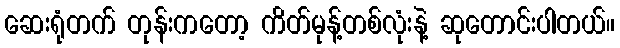
ဆေးရုံတက် တုန်းကတော့ ကိတ်မုန့်တစ်လုံးနဲ့ ဆုတောင်းပါတယ်။